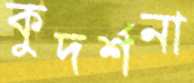
কুদর্শনা